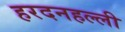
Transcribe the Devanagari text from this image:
हरदनहल्ली